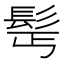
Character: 𩬆